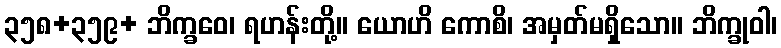
၃၅၈+၃၅၉+ ဘိက္ခဝေ၊ ရဟန်းတို့။ ယောဟိ ကောစိ၊ အမှတ်မရှိသော။ ဘိက္ခုဝါ၊